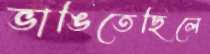
ভাঙিতেছিলে